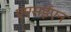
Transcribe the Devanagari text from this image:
एएसईएन